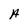
Character: A